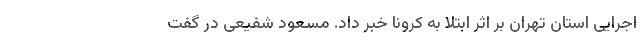
اجرایی استان تهران بر اثر ابتلا به کرونا خبر داد. مسعود شفیعی در گفت